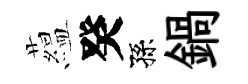
藴癸孫鍋